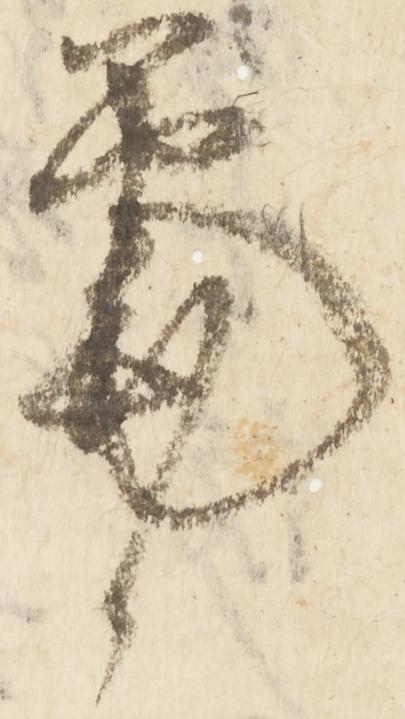
筆